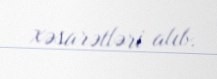
xəsarətləri alıb.